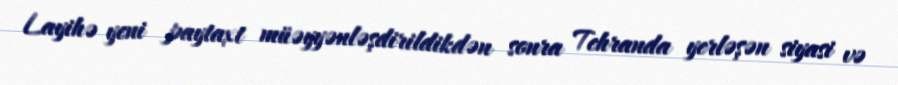
Layihə yeni paytaxt müəyyənləşdirildikdən sonra Tehranda yerləşən siyasi və